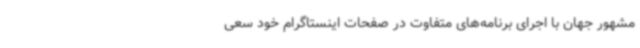
مشهور جهان با اجرای برنامه‌های متفاوت در صفحات اینستاگرام خود سعی